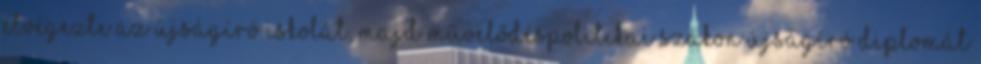
elvégezte az Újságíró iskolát, majd művelődéspolitikai szakon újságíró diplomát